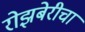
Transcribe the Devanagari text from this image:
रोझबेरीचा